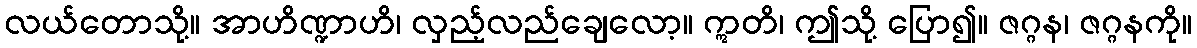
လယ်တောသို့။ အာဟိဏ္ဍာဟိ၊ လှည့်လည်ချေလော့။ ဣတိ၊ ဤသို့ ပြော၍။ ဇဂ္ဂန၊ ဇဂ္ဂနကို။